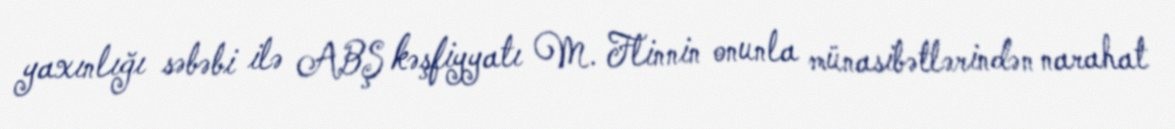
yaxınlığı səbəbi ilə ABŞ kəşfiyyatı M. Flinnin onunla münasibətlərindən narahat